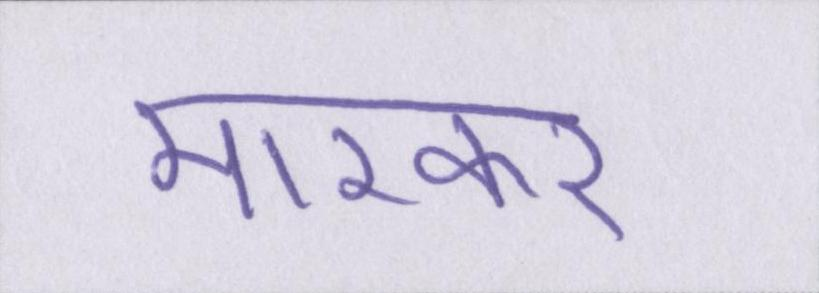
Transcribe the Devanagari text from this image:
मारकर